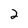
Character: 2